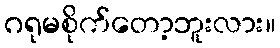
ဂရုမစိုက်တော့ဘူးလား။